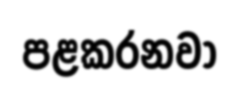
පළකරනවා